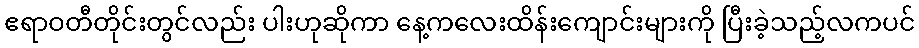
ဧရာဝတီတိုင်းတွင်လည်း ပါးဟုဆိုကာ နေ့ကလေးထိန်းကျောင်းများကို ပြီးခဲ့သည့်လကပင်